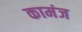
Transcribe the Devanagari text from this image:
कामंज